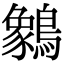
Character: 䴂